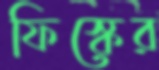
ফিস্কের